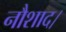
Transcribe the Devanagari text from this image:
नौशाद।